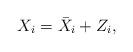
LaTeX: \begin{align*}X_i = \bar{X}_i + Z_i,\end{align*}